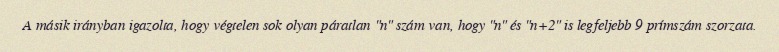
A másik irányban igazolta, hogy végtelen sok olyan páratlan "n" szám van, hogy "n" és "n+2" is legfeljebb 9 prímszám szorzata.